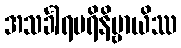
အသင်္ခါရပရိနိဗ္ဗာယိဿ